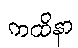
ကထိနာ